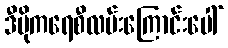
ဒီမိုကရေစီလမ်းကြောင်းပေါ်